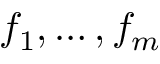
f _ { 1 } , \ldots , f _ { m }